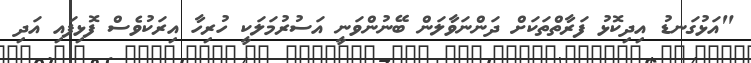
"އަޅުގަނޑު އިދިކޮޅު ފަރާތްތަކަށް ދަންނަވާލަން ބޭނުންވަނީ އަސުރުމަލަކީ ހުރިހާ އިރަކުވެސް ފޮޅިފައި އަދި